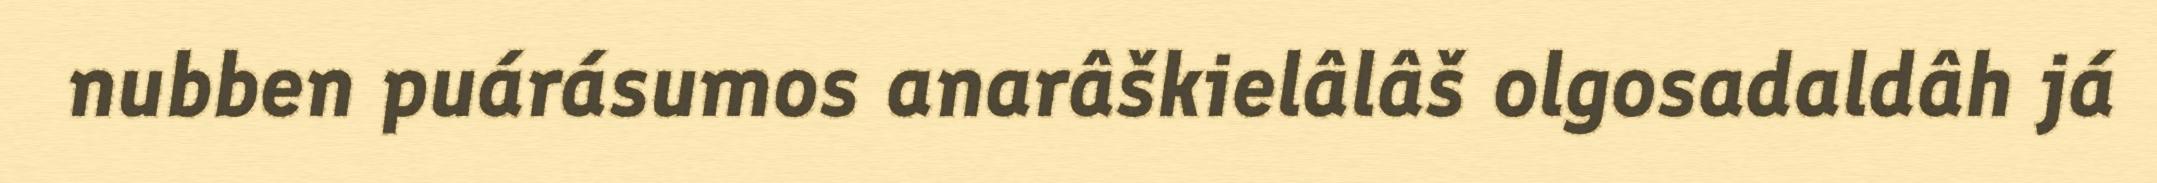
nubben puárásumos anarâškielâlâš olgosadaldâh já